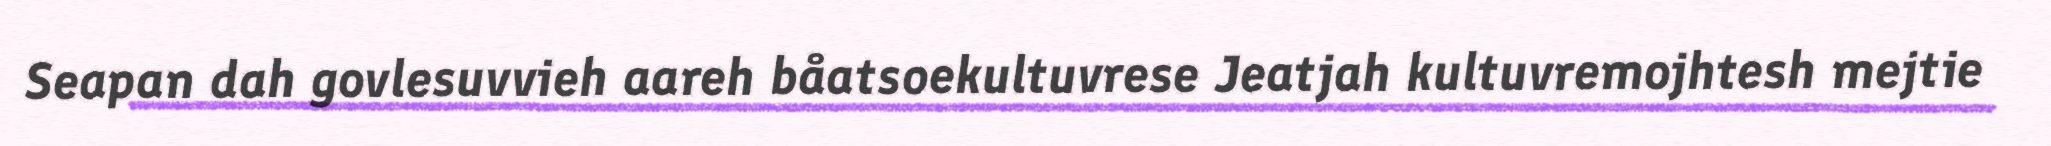
Seapan dah govlesuvvieh aareh båatsoekultuvrese Jeatjah kultuvremojhtesh mejtie